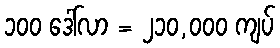
၁၀၀ ဒေါ်လာ = ၂၁၀,၀၀၀ ကျပ်